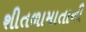
શીતળામાતાની